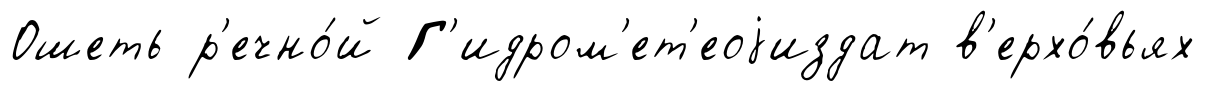
Ошеть р'ечно́й Г'идром'ет'еоjиздат в'ерхо́вьях